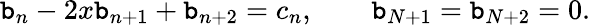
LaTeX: \mathtt{b}_{n}-2x\mathtt{b}_{n+1}+\mathtt{b}_{n+2}=c_{n},\qquad\mathtt{b}_{N+1}=\mathtt{b}_{N+2}=0.